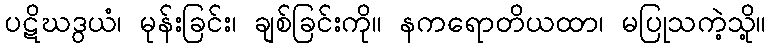
ပဋိဃဒွယံ၊ မုန်းခြင်း၊ ချစ်ခြင်းကို။ နကရောတိယထာ၊ မပြုသကဲ့သို့။